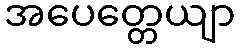
အပေတ္တေယျာ